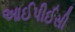
આઈપીઈસી